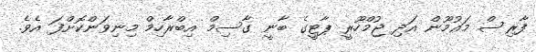
ފާރިސް މައުމޫން އަދި ޖުމްހޫރީ ޕާޓީގެ ބާނީ ގާސިމް އިބްރާހިމް މިނިވަންކޮށްފަ އެވެ.